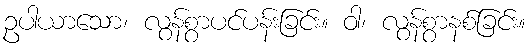
ဥပါယာသော၊ လွန်စွာပင်ပန်းခြင်း။ ဝါ၊ လွန်စွာနစ်ခြင်း။